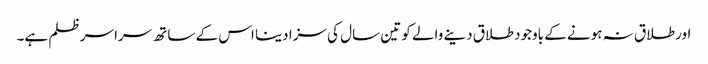
اور طلاق نہ ہونے کے باوجود طلاق دینے والے کو تین سال کی سزا دینا اس کے ساتھ سراسر ظلم ہے۔